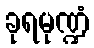
ခုရမုဏ္ဍံ